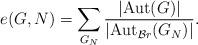
LaTeX: \begin{align*}e(G,N)= \sum_{G_{N}}\dfrac{\left\lvert \mathrm{Aut}(G)\right\rvert} {\left\lvert\mathrm{Aut}_{\mathcal{B}r}(G_{N})\right\rvert}.\end{align*}